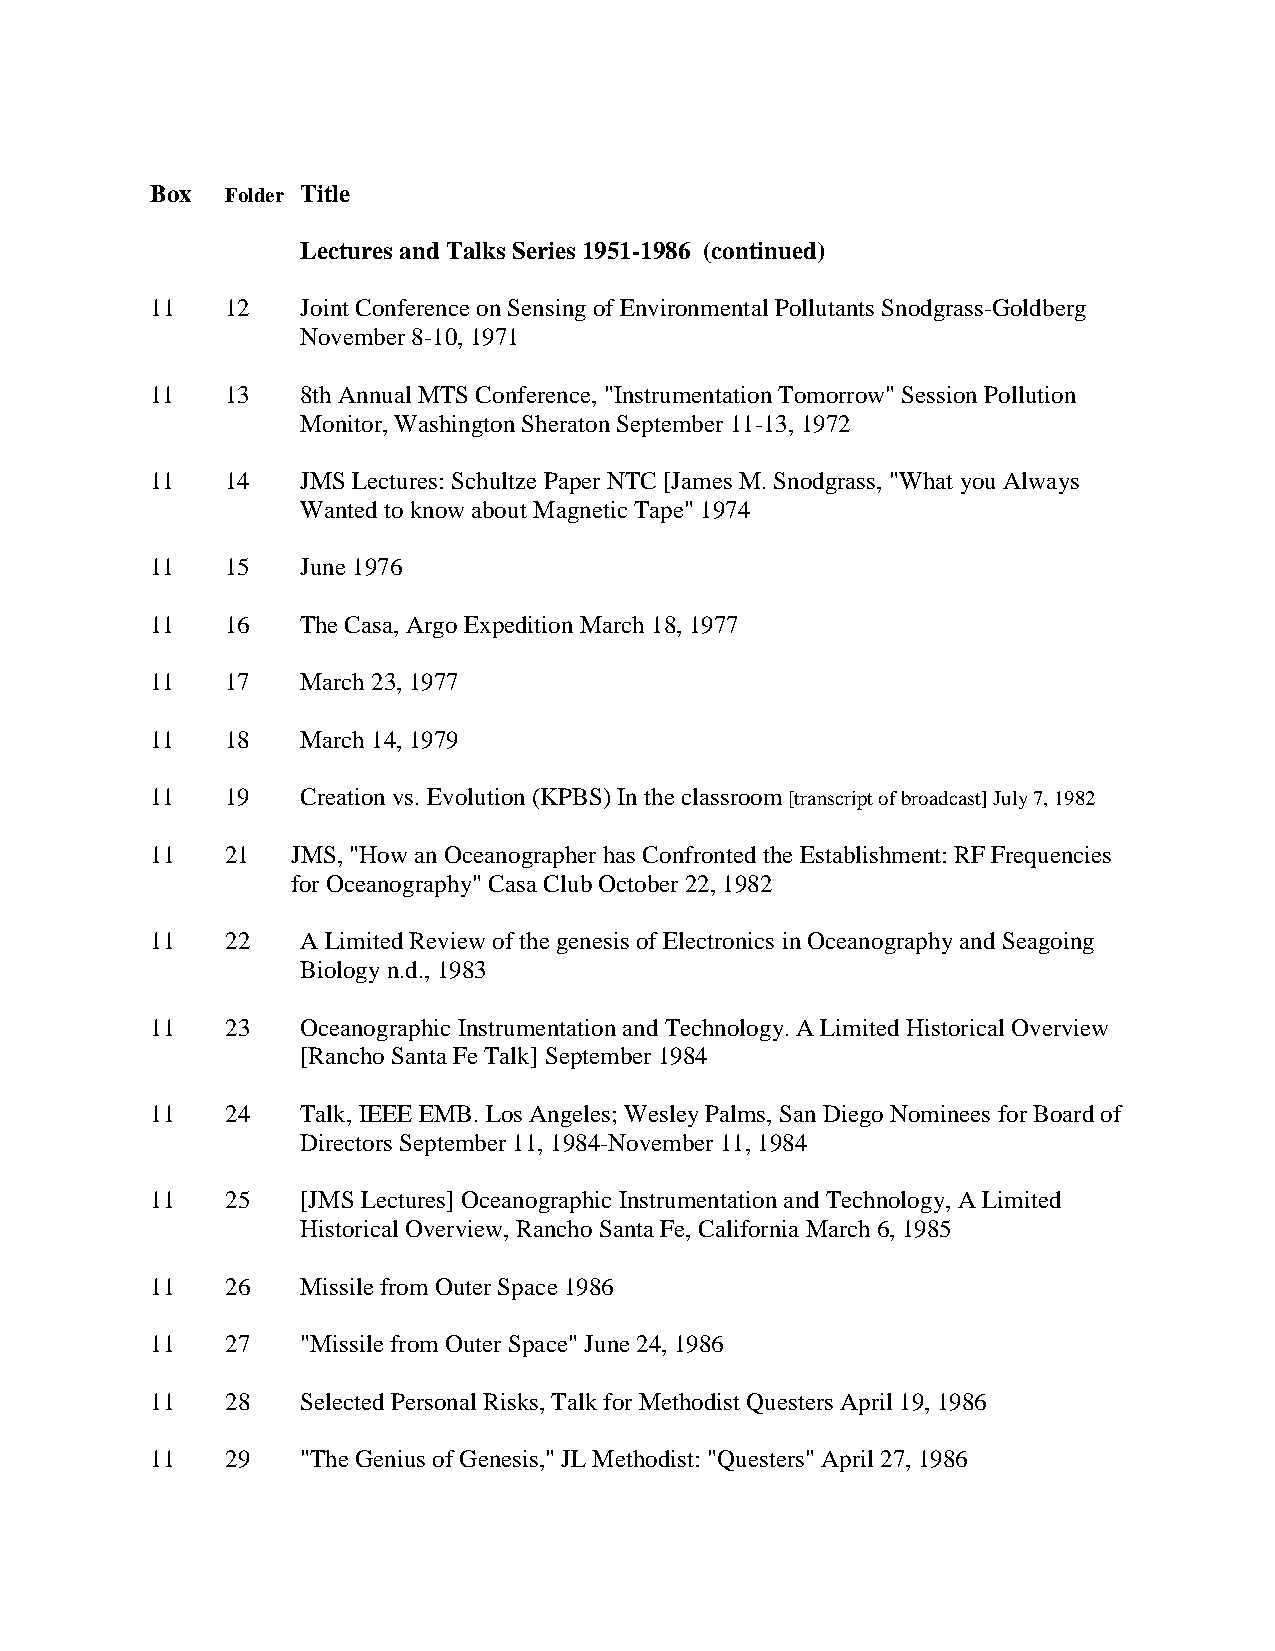
Box  Folder Title
 Lectures and Talks Series 1951-1986 (continued)
 11   12   Joint Conference on Sensing of Environmental Pollutants Snodgrass-Goldberg
 November 8-10, 1971
 11   13   8th Annual MTS Conference, "Instrumentation Tomorrow" Session Pollution
 Monitor, Washington Sheraton September 11-13, 1972
 11   14   JMS Lectures: Schultze Paper NTC [James M. Snodgrass, "What you Always
 Wanted to know about Magnetic Tape" 1974
 11   15   June 1976
 11   16   The Casa, Argo Expedition March 18, 1977
 11   17   March 23, 1977
 11   18   March 14, 1979
 11   19   Creation vs. Evolution (KPBS) In the classroom [transcript of broadcast] July 7, 1982
 11   21  JMS, "How an Oceanographer has Confronted the Establishment: RF Frequencies
 for Oceanography" Casa Club October 22, 1982
 11   22   A Limited Review of the genesis of Electronics in Oceanography and Seagoing
 Biology n.d., 1983
 11   23   Oceanographic Instrumentation and Technology. A Limited Historical Overview
 [Rancho Santa Fe Talk] September 1984
 11   24   Talk, IEEE EMB. Los Angeles; Wesley Palms, San Diego Nominees for Board of
 Directors September 11, 1984-November 11, 1984
 11   25   [JMS Lectures] Oceanographic Instrumentation and Technology, A Limited
 Historical Overview, Rancho Santa Fe, California March 6, 1985
 11   26   Missile from Outer Space 1986
 11   27   "Missile from Outer Space" June 24, 1986
 11   28   Selected Personal Risks, Talk for Methodist Questers April 19, 1986
 11   29   "The Genius of Genesis," JL Methodist: "Questers" April 27, 1986